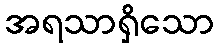
အရသာရှိသော